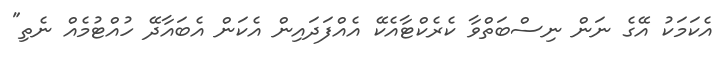
އެކަމަކު އޭގެ ނަން ނިސްބަތްވާ ކެރެކްޓާއެކޭ އެއްފަދައިން އެކަން އެބައާދޭ ހުއްޓުމެއް ނެތި"